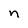
Character: n